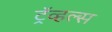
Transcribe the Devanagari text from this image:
ट्रॅव्हल्स